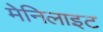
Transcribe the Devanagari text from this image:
मेनिलाइट